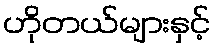
ဟိုတယ်များနှင့်